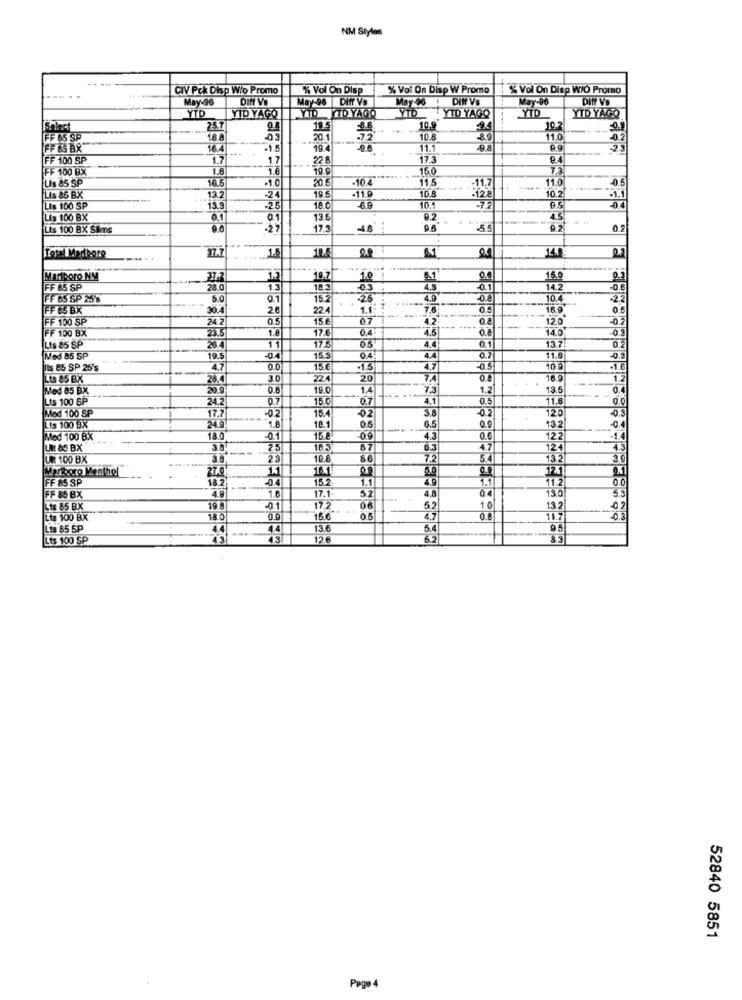
NM Styles
----
CIV Pck Disp Wio Promo
% Vol On Disp
% Vol On Disp W Promo
% Vol On Disp WIO Promo
May-96
DIN VE
May-96 DIff Va
May-96
Diff VS
May-96
DINY VD
YTD
YTD YAGO
YID
YID YAGO
YID
YID YAGO
YTD YAGO
25.7
19.5
8.6.
10.9
19.2
FF AS SP
18 8
20.1
-72
10.8
8.9
11.0
-0.2
FF &S BR"
16.4
-1.5
194
. .
11.1
23
FF 100 SP
1.7
1.7
22 8
173
9.4
FF 100 BX
1.8
1.6
19 g
15.0
16.6
-1.0
20.5
-10 4
11.5
11.0
-0.5
Lis 85 SP
-24
18 5
-11 9
10.8
11.7
10.2
-1.1
Lis 86 BX
13.2
128
Lis 100 SP
13.3
-25
10.1
-77
05
-04
Lis 100 BX
0.1
0.1
13.6
9.2.
4.5
Lts 100 BX Sims
-27
-4.8
5.5
37.7
1.5
10.
14.
Total Marhere
.....
Marlboro NM
13
19.7
1.0
6.1
15.0
FF 65 SP
28.0
1.5
18.3
-03
4.3
.0.1
14.2
FF 65 SP 25
5.0
0.1
15.2
325
4.5
0.8
10.4
FF ES BX
30.4
22.4
05
16.9
FF 100 SP
24.2
0.5
15.6
0.7
4.2
0.8
120"
FF 100 BX
23.5
1.8
0.4
4.5
0.8
14.0
17.6
Lis 85 SP
234
11
4.4
0.1
13.7
0.2
Med 85 SP
19.5
-04
15.5
0.4
4.4
0.7
11.5
Its 85 SP 25's
4.7
0.0
15.6
1.5
4.
-0.5
10.5
-1,6
Lts 85 BX
20.4
224
20
7.4
16.0
1.2
Med 85 BX
20.9
0.8
19.0
1.4
--.
7.3
1.2
13.6
0.4
Lts 100 SP
24.2
0.7
15.0
0.7
4,1
0.5
11.6
Mod 100 SP
15.4
02
3.8
-0.2
120
-0.3
17.7
-0.2
6.5
132
It's 100 BX
24.9
1.8
18.1
0.6
--
-0.4
Med 100 BX
18.0
0.9
4.3
0.6
122
-1.4
LINK 85 BX
3.8
25
185
67
4.7
124
4.3
UR 100 BX
23
10.6
7.2
5.4
3.6
Marlboro Monthel
27.0H
FF 85 SP
18 2
-04
15.2
1.1
4.9
11.2
0.0
FF 80 BX
17.1
52
4,8
04
13.0
1.6
5.31
Lts 85 BX
19
-01
06
5.2
1.0
13.2
02
Le 100 BX
18 0
15.0
4.7
11.7
Lts 85 SP
44
13.6
5.4
95
Lts 100 SP
12 €
3.3
52840 5851
Page 4